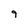
Character: 9